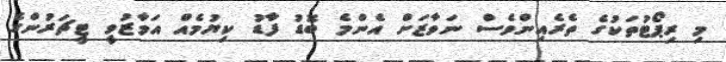
މި ރިޕޯޓުތަކުގެ ތެރެއިންވެސް ނަވާޒަށް އެންމެ ބޮޑު ފާޑު ކިޔުމެއް އަމާޒުވީ ޓީޗަރުންގެ